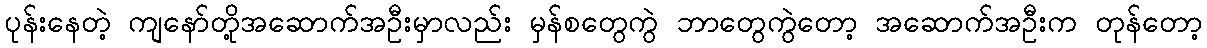
ပုန်းနေတဲ့ ကျနော်တို့အဆောက်အဦးမှာလည်း မှန်စတွေကွဲ ဘာတွေကွဲတော့ အဆောက်အဦးက တုန်တော့